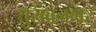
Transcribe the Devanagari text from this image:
तुराबनगर